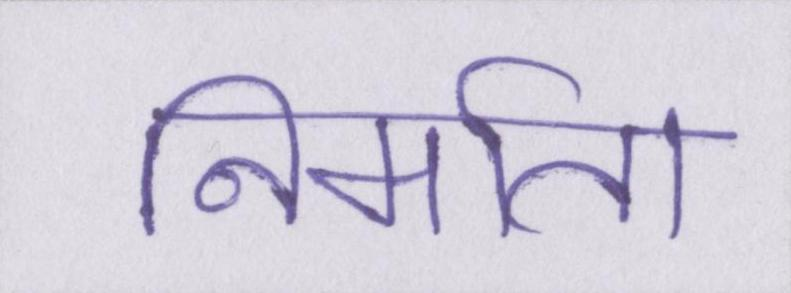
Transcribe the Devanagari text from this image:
निर्माता